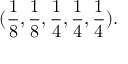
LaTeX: ( \frac { 1 } { 8 } , \frac { 1 } { 8 } , \frac { 1 } { 4 } , \frac { 1 } { 4 } , \frac { 1 } { 4 } ) .